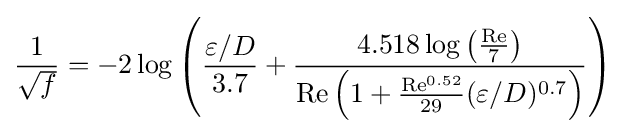
{\frac {1}{\sqrt {f}}}=-2\log \left({\frac {\varepsilon /D}{3.7}}+{\frac {4.518\log \left({\frac {\mathrm {Re} }{7}}\right)}{\mathrm {Re} \left(1+{\frac {\mathrm {Re} ^{0.52}}{29}}(\varepsilon /D)^{0.7}\right)}}\right)